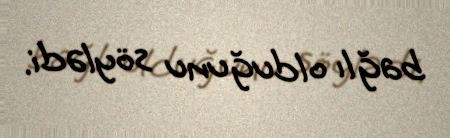
bağlı olduğunu söylədi.